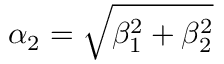
\alpha _ { 2 } = \sqrt { \beta _ { 1 } ^ { 2 } + \beta _ { 2 } ^ { 2 } }